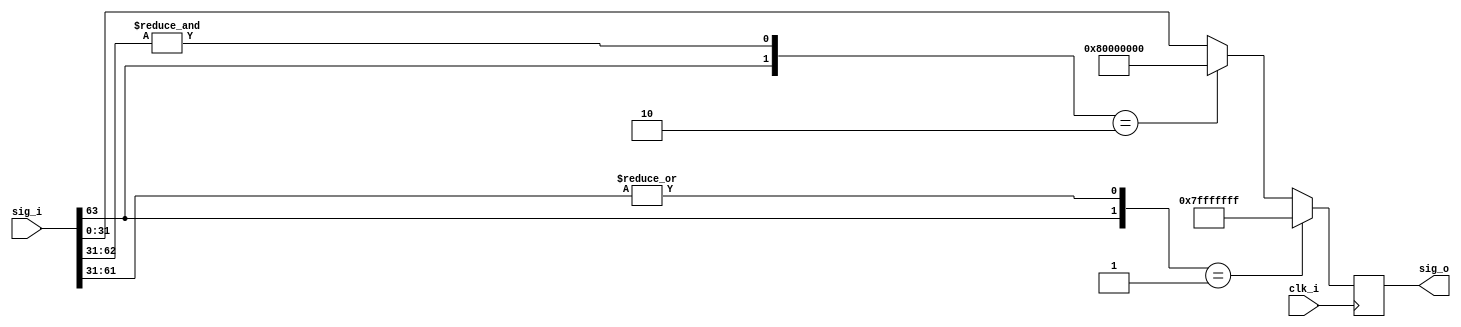
`timescale 1ns / 1ps
//////////////////////////////////////////////////////////////////////////////////
// Company: 
// Engineer: 
// 
// Design Name: 
// Module Name: SLICE_WO_32
// Project Name: 
// Target Devices: 
// Tool Versions: 
// Description: 
// 
// Dependencies: 
// 
// Revision:
// Revision 0.01 - File Created
// Additional Comments:
// 
//////////////////////////////////////////////////////////////////////////////////


module SLICE_WO_32 #(
    parameter win   = 64,
    parameter uout  = 31,
    parameter lout  = 0
    
    )(
    
    input                   clk_i,
    input   [win-1:0]       sig_i,
    output  [uout-lout:0]   sig_o
    );
        
    reg     [uout-lout:0]   sig;
    
    always @(posedge clk_i) begin
        if ({sig_i[win-1],|sig_i[win-3:uout]} == 2'b01) //positive overflow
            sig <= 32'h7FFFFFFF ;
        else if ({sig_i[win-1],&sig_i[win-2:uout]} == 2'b10) //negative overflow
            sig <= 32'h80000000 ;
        else
            sig <= sig_i[uout:lout] ;
    end
    
    assign sig_o = sig;
    
endmodule